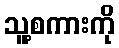
သူ့စကားကို